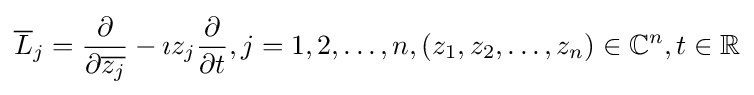
{\overline {L}}_{j}={\frac {\partial }{\partial {\overline {z_{j}}}}}-\imath z_{j}{\frac {\partial }{\partial t}},j=1,2,\ldots ,n,(z_{1},z_{2},\ldots ,z_{n})\in \mathbb {C} ^{n},t\in \mathbb {R}